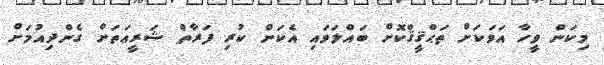
މިކަން ވީހާ އަވަކަށް ތަޙްޤީޤްކޮށް ބައްލަވައި އެކަން ކުރި ފަރާތް ޝަރީޢަތަށް ގެންދިއުމަށް